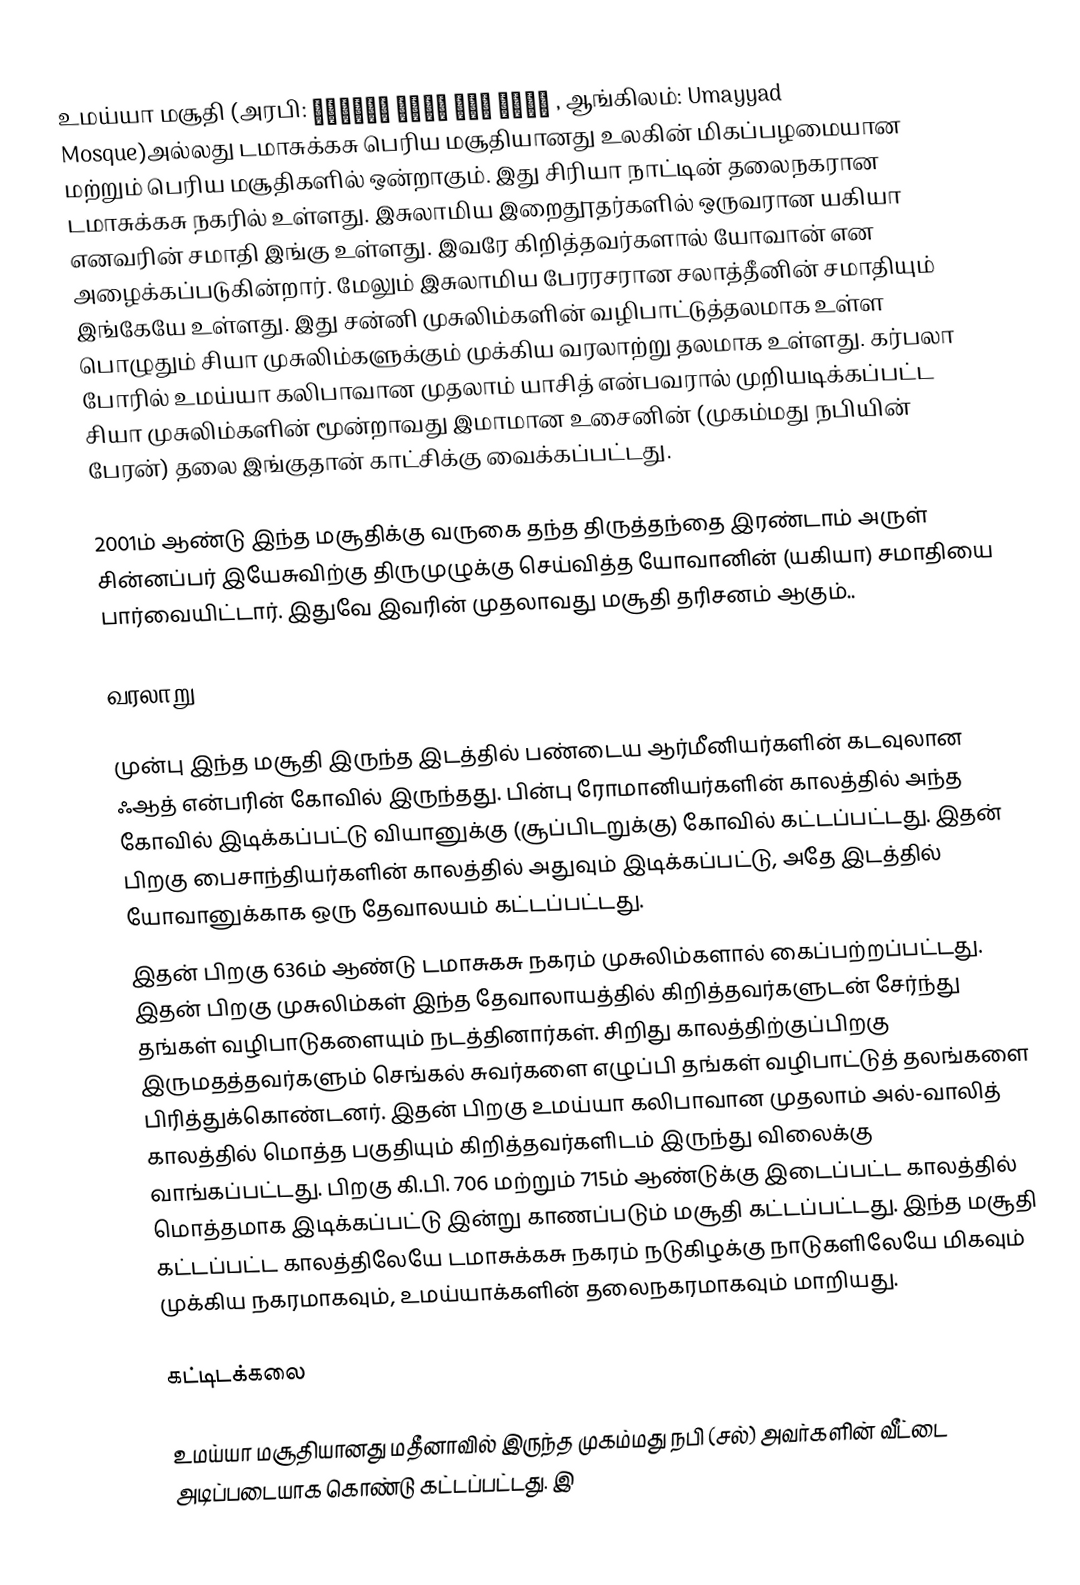
உமய்யா மசூதி (அரபி: جامع بني أمية الكبير , ஆங்கிலம்: Umayyad Mosque)அல்லது டமாசுக்கசு பெரிய மசூதியானது உலகின் மிகப்பழமையான மற்றும் பெரிய மசூதிகளில் ஒன்றாகும். இது சிரியா நாட்டின் தலைநகரான டமாசுக்கசு  நகரில் உள்ளது. இசுலாமிய இறைதூதர்களில் ஒருவரான யகியா எனவரின் சமாதி இங்கு உள்ளது. இவரே கிறித்தவர்களால் யோவான் என அழைக்கப்படுகின்றார். மேலும் இசுலாமிய பேரரசரான சலாத்தீனின் சமாதியும் இங்கேயே உள்ளது. இது சன்னி முசுலிம்களின் வழிபாட்டுத்தலமாக உள்ள பொழுதும் சியா முசுலிம்களுக்கும் முக்கிய வரலாற்று தலமாக உள்ளது. கர்பலா போரில் உமய்யா கலிபாவான முதலாம் யாசித் என்பவரால் முறியடிக்கப்பட்ட சியா முசுலிம்களின் மூன்றாவது இமாமான  உசைனின் (முகம்மது நபியின் பேரன்) தலை இங்குதான் காட்சிக்கு வைக்கப்பட்டது.

2001ம் ஆண்டு இந்த மசூதிக்கு வருகை தந்த திருத்தந்தை இரண்டாம் அருள் சின்னப்பர் இயேசுவிற்கு திருமுழுக்கு செய்வித்த யோவானின் (யகியா) சமாதியை பார்வையிட்டார். இதுவே இவரின் முதலாவது மசூதி தரிசனம் ஆகும்..

வரலாறு

முன்பு இந்த மசூதி இருந்த இடத்தில் பண்டைய ஆர்மீனியர்களின் கடவுலான ஃஆத் என்பரின் கோவில் இருந்தது. பின்பு ரோமானியர்களின் காலத்தில் அந்த கோவில் இடிக்கப்பட்டு வியானுக்கு (சூப்பிடறுக்கு) கோவில் கட்டப்பட்டது. இதன் பிறகு பைசாந்தியர்களின் காலத்தில் அதுவும் இடிக்கப்பட்டு, அதே இடத்தில் யோவானுக்காக ஒரு தேவாலயம் கட்டப்பட்டது.
இதன் பிறகு 636ம் ஆண்டு டமாசுகசு நகரம் முசுலிம்களால் கைப்பற்றப்பட்டது. இதன் பிறகு முசுலிம்கள் இந்த தேவாலாயத்தில் கிறித்தவர்களுடன் சேர்ந்து தங்கள் வழிபாடுகளையும் நடத்தினார்கள். சிறிது காலத்திற்குப்பிறகு இருமதத்தவர்களும் செங்கல் சுவர்களை எழுப்பி தங்கள் வழிபாட்டுத் தலங்களை பிரித்துக்கொண்டனர். இதன் பிறகு உமய்யா கலிபாவான முதலாம் அல்-வாலித் காலத்தில் மொத்த பகுதியும் கிறித்தவர்களிடம் இருந்து விலைக்கு வாங்கப்பட்டது. பிறகு கி.பி. 706 மற்றும் 715ம் ஆண்டுக்கு இடைப்பட்ட காலத்தில் மொத்தமாக இடிக்கப்பட்டு இன்று காணப்படும் மசூதி கட்டப்பட்டது. இந்த மசூதி கட்டப்பட்ட காலத்திலேயே டமாசுக்கசு நகரம் நடுகிழக்கு நாடுகளிலேயே மிகவும் முக்கிய நகரமாகவும், உமய்யாக்களின் தலைநகரமாகவும் மாறியது.

கட்டிடக்கலை

உமய்யா மசூதியானது மதீனாவில் இருந்த முகம்மது நபி (சல்) அவர்களின் வீட்டை அடிப்படையாக கொண்டு கட்டப்பட்டது. இ